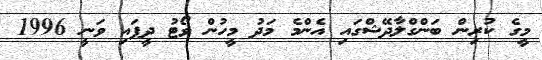
މީގެ ކުރިން ބަންގްލާދޭޝްގައި އެންމެ މަދު މީހުން ވޯޓު ދީފައި ވަނީ 1996